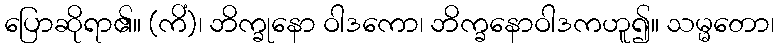
ပြောဆိုရာ၏။ (ကိံ)၊ ဘိက္ခုနော ဝါဒကော၊ ဘိက္ခနောဝါဒကဟူ၍။ သမ္မတော၊